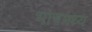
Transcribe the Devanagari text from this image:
भावमध्य